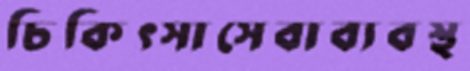
চিকিৎসাসেবাব্যবস্থ